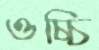
ওচ্চি